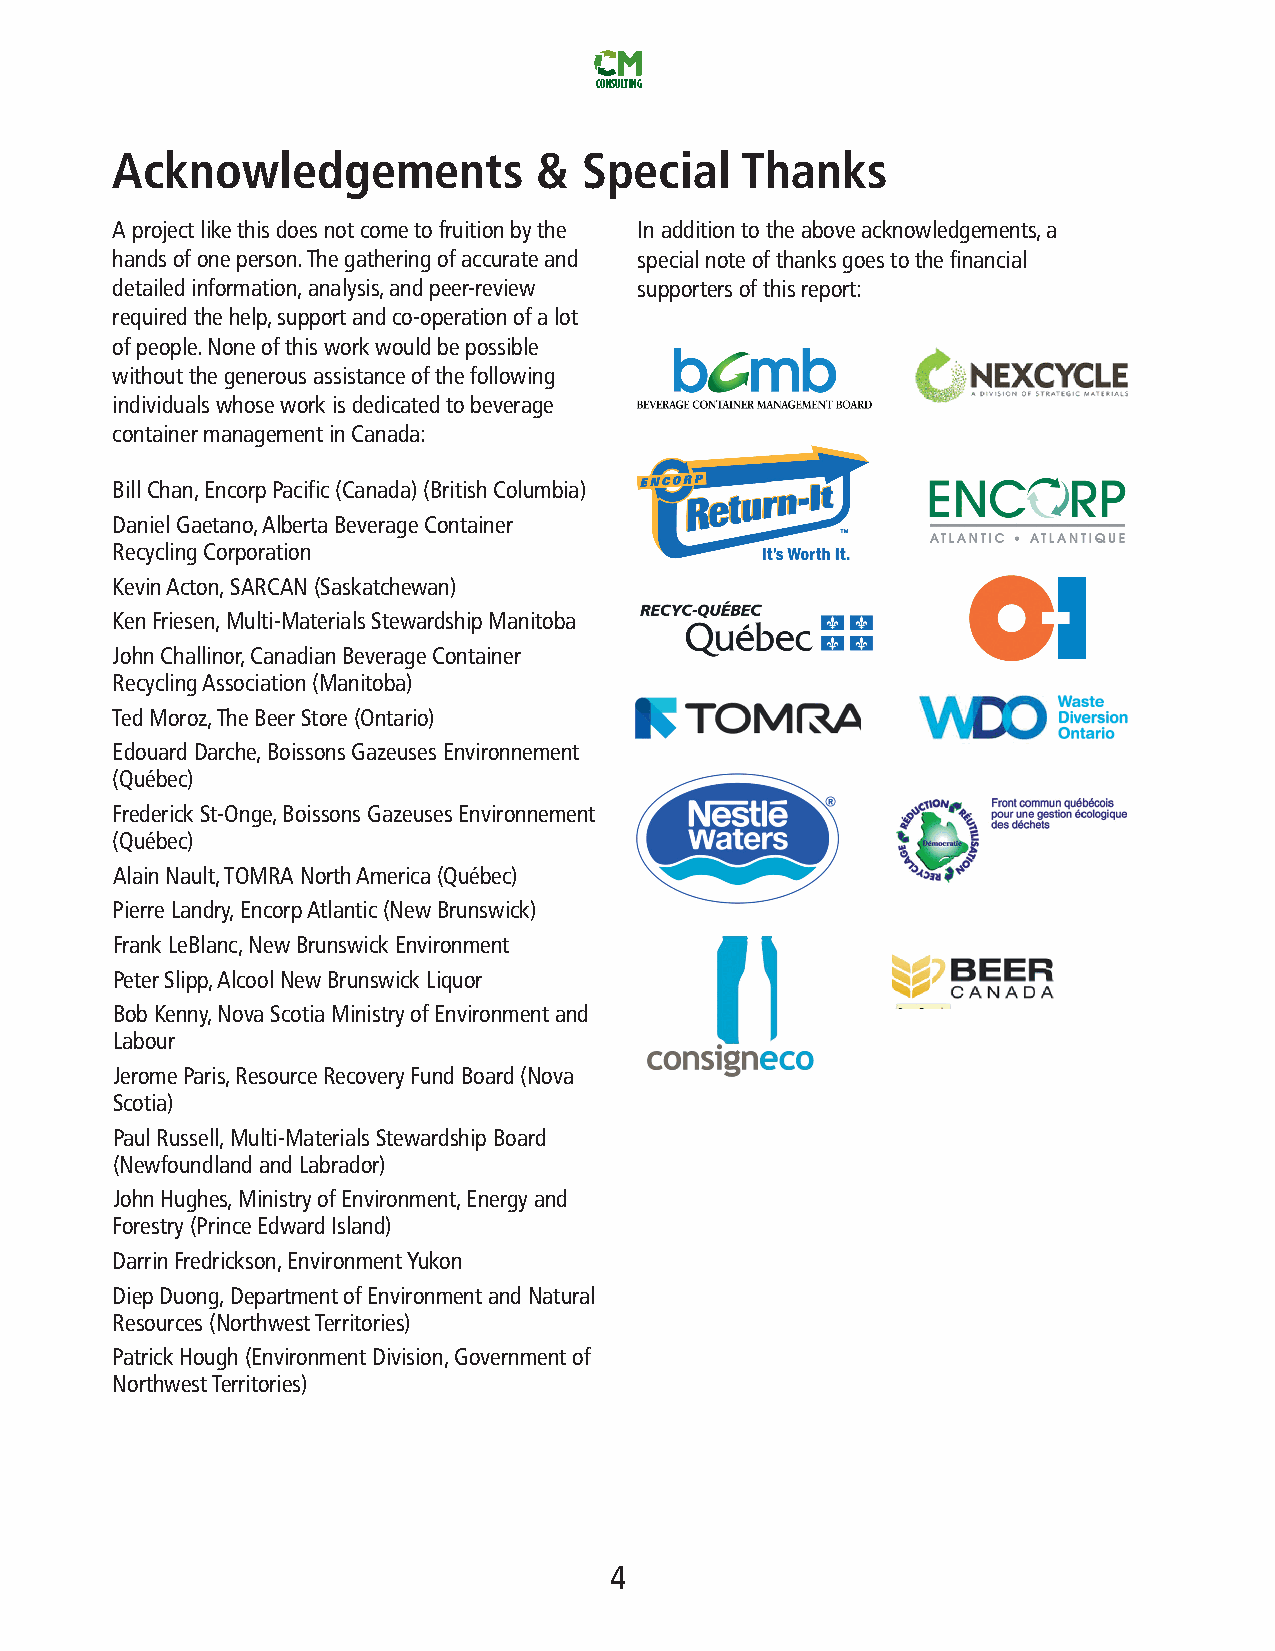
CONSULTING
 Acknowledgements             &  Special   Thanks
 Aprojectlikethisdoesnotcometofruitionbythe Inadditiontotheaboveacknowledgements,a
 handsofoneperson.Thegatheringofaccurateand specialnoteofthanksgoestothefinancial
 detailedinformation,analysis,andpeer-review supportersofthisreport:
 requiredthehelp,supportandco-operationofalot
 ofpeople.Noneofthisworkwouldbepossible
 withoutthegenerousassistanceofthefollowing
 individualswhoseworkisdedicatedtobeverage
 containermanagementinCanada:
 BillChan,EncorpPacific(Canada)(BritishColumbia)
 DanielGaetano,AlbertaBeverageContainer
 RecyclingCorporation
 KevinActon,SARCAN(Saskatchewan)
 KenFriesen,Multi-MaterialsStewardshipManitoba
 JohnChallinor,CanadianBeverageContainer
 RecyclingAssociation(Manitoba)
 TedMoroz,TheBeerStore(Ontario)
 EdouardDarche,BoissonsGazeusesEnvironnement
 (Québec)
 FrederickSt-Onge,BoissonsGazeusesEnvironnement
 (Québec)
 AlainNault,TOMRANorthAmerica(Québec)
 PierreLandry,EncorpAtlantic(NewBrunswick)
 FrankLeBlanc,NewBrunswickEnvironment
 PeterSlipp,AlcoolNewBrunswickLiquor
 BobKenny,NovaScotiaMinistryofEnvironmentand
 Labour
 JeromeParis,ResourceRecoveryFundBoard(Nova
 Scotia)
 PaulRussell,Multi-MaterialsStewardshipBoard
 (NewfoundlandandLabrador)
 JohnHughes,MinistryofEnvironment,Energyand
 Forestry(PrinceEdwardIsland)
 DarrinFredrickson,EnvironmentYukon
 DiepDuong,DepartmentofEnvironmentandNatural
 Resources(NorthwestTerritories)
 PatrickHough(EnvironmentDivision,Governmentof
 NorthwestTerritories)
 4